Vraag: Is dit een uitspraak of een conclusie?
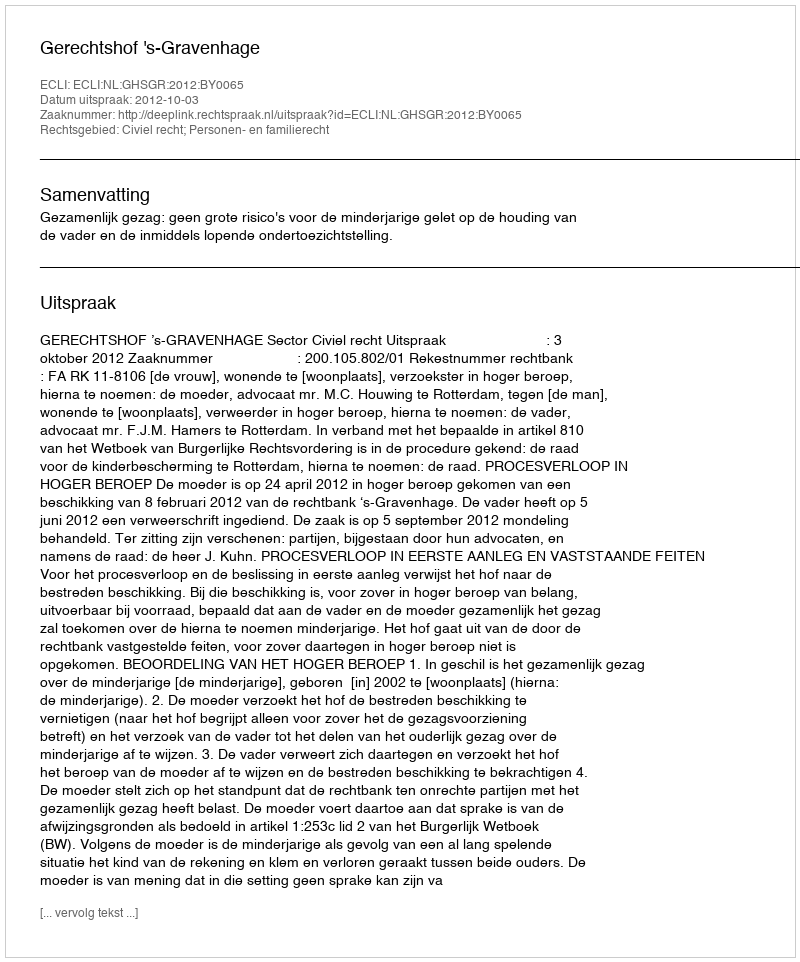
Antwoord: Uitspraak